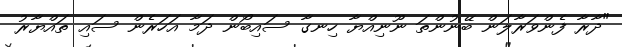
"ދާރާ ފެންވަރާލަން ބޭނުންތަ ނޫނިއްޔާ ހިނގާ ސައިބޯން ދަމާ އަހަރެން ސައި ތައްޔާރު